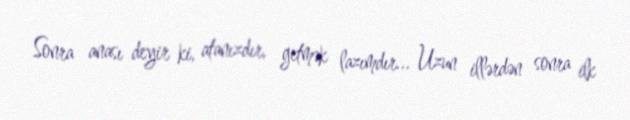
Sonra anası deyir ki, atanızdır, getmək lazımdır... Uzun illərdən sonra ilk